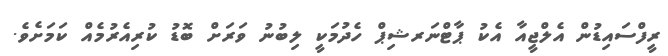
ރީފްސައިޑުން އެލްޖީއާ އެކު ޕާޓްނަރޝިޕް ހެދުމަކީ ލިބުނު ވަރަށް ބޮޑު ކުރިއެރުމެއް ކަމަށެވެ.